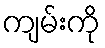
ကျမ်းကို